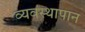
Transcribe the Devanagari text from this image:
व्यवस्थापान